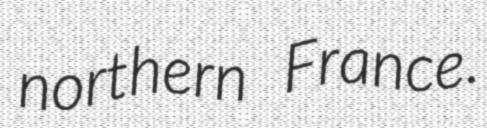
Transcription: northern France.